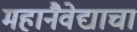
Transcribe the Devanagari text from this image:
महानैवेद्याचा